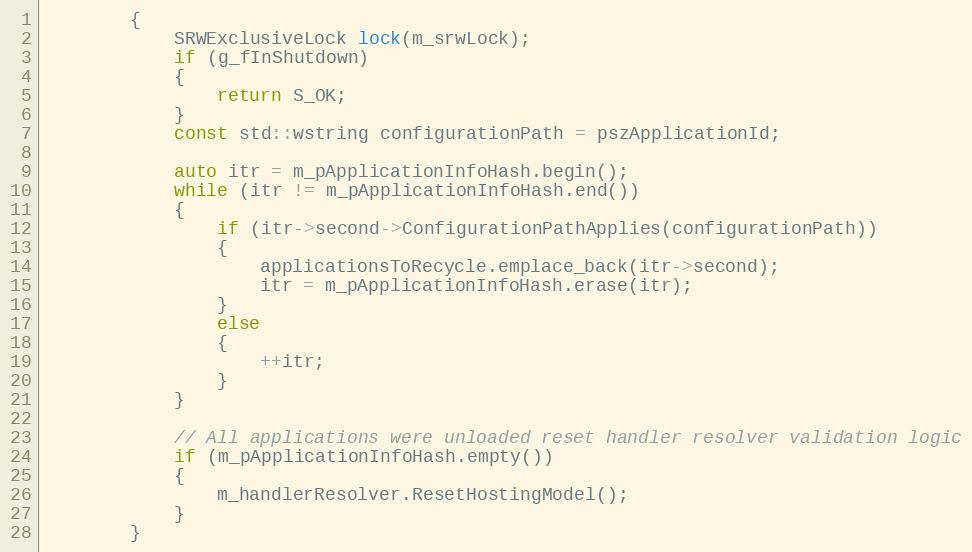
Language: C++
        {
            SRWExclusiveLock lock(m_srwLock);
            if (g_fInShutdown)
            {
                return S_OK;
            }
            const std::wstring configurationPath = pszApplicationId;

            auto itr = m_pApplicationInfoHash.begin();
            while (itr != m_pApplicationInfoHash.end())
            {
                if (itr->second->ConfigurationPathApplies(configurationPath))
                {
                    applicationsToRecycle.emplace_back(itr->second);
                    itr = m_pApplicationInfoHash.erase(itr);
                }
                else
                {
                    ++itr;
                }
            }

            // All applications were unloaded reset handler resolver validation logic
            if (m_pApplicationInfoHash.empty())
            {
                m_handlerResolver.ResetHostingModel();
            }
        }